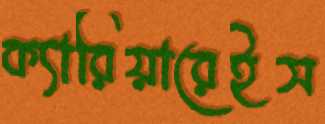
ক্যারিয়ারেইস